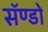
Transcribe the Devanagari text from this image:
सॅण्डो